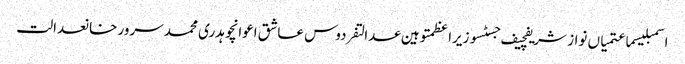
اسمبلیسماعتمیاں نواز شریفچیف جسٹسوزیراعظمتوہین عدالتفردوس عاشق اعوانچوہدری محمد سرور خانعدالت